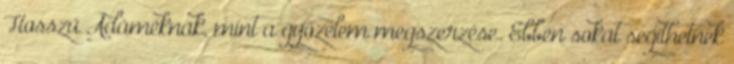
Hosszú Ádáméknak, mint a győzelem megszerzése. Ebben sokat segíthetnek